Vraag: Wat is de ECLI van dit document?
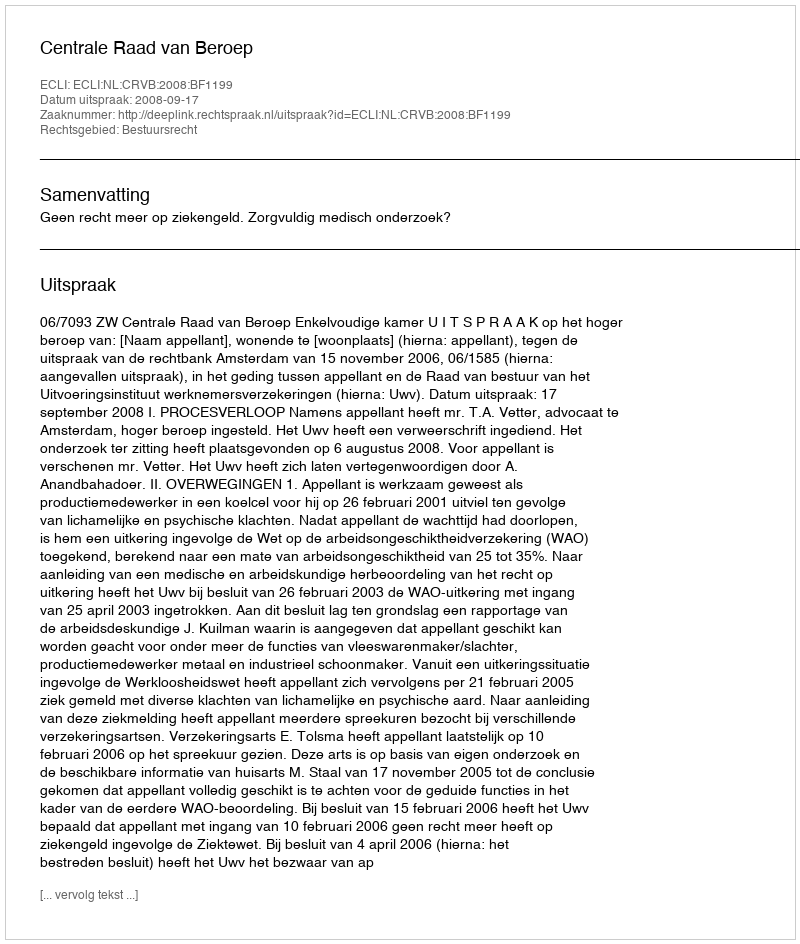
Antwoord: ECLI:NL:CRVB:2008:BF1199